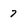
Character: 7